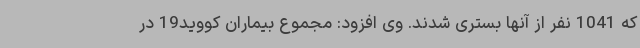
که 1041 نفر از آنها بستری شدند. وی افزود: مجموع بیماران کووید19 در